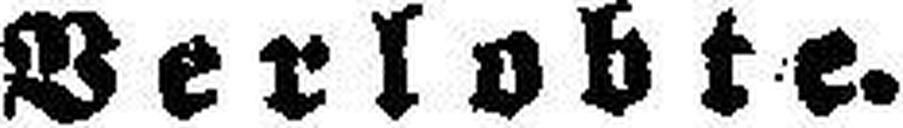
Verlobte.